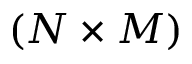
( N \times M )